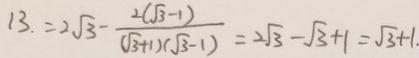
1 3 . 2 \sqrt { 3 } - \frac { 2 ( \sqrt { 3 } - 1 ) } { ( \sqrt { 3 } + 1 ) ( \sqrt { 3 } - 1 ) } = 2 \sqrt { 3 } - \sqrt { 3 } + 1 = \sqrt { 3 } + 1 .